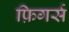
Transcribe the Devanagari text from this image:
फ़िगर्स